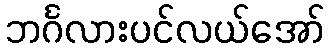
ဘင်္ဂလားပင်လယ်အော်